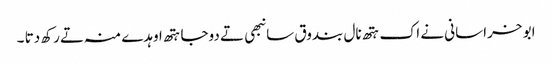
ابو خراسانی نے اک ہتھ نال بندوق سانبھی تے دوجا ہتھ اوہدے منہ تے رکھ دتا ۔